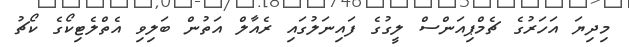
މިދިޔަ އަހަރުގެ ޗެމްޕިއަންސް ލީގުގެ ފައިނަލުގައި ރެއާލް އަތުން ބަލިވި އެތްލެޓިކޯގެ ކޯޗު